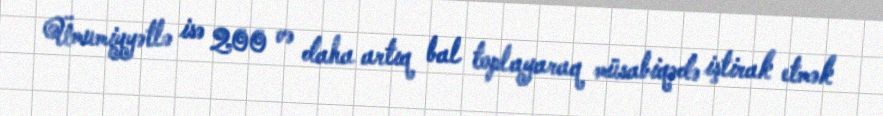
Ümumiyyətlə isə 200 və daha artıq bal toplayaraq müsabiqədə iştirak etmək